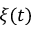
\xi ( t )